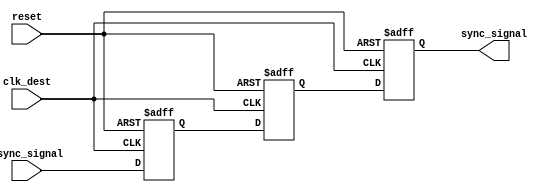
module signal_level_crossing_synchronizer (
    input wire async_signal,      // Asynchronous input signal
    input wire clk_dest,          // Clock signal for the destination clock domain
    input wire reset,             // Asynchronous reset signal
    output reg sync_signal        // Synchronized output signal
);

    // Internal signals for the two-stage flip-flop
    reg ff1, ff2;

    // Two-stage flip-flop synchronization process
    always @(posedge clk_dest or posedge reset) begin
        if (reset) begin
            ff1 <= 1'b0;          // Reset FF1
            ff2 <= 1'b0;          // Reset FF2
            sync_signal <= 1'b0;  // Reset sync_signal
        end else begin
            ff1 <= async_signal;   // Sample async_signal in FF1
            ff2 <= ff1;            // Sample FF1 output in FF2
            sync_signal <= ff2;    // Output the synchronized signal
        end
    end

endmodule